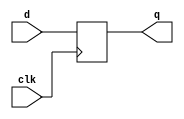
module block(     q,
                  d,
                  clk);
                  
output            q           ;
input             d           ;
input             clk         ;

reg               n1          ;
reg               q           ;

always @(posedge clk) begin
      n1 = d;     // blocking
      q  = n1;    // blocking
end

endmodule